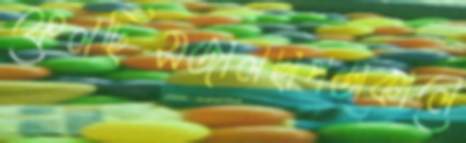
ফেলছিসজালছাপডাকালে